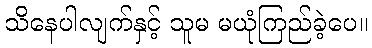
သိနေပါလျက်နှင့် သူမ မယုံကြည်ခဲ့ပေ။